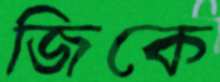
জিকে